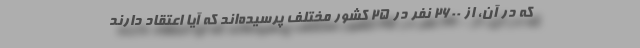
که در آن، از ۲۶۰۰ نفر در ۲۵ کشور مختلف پرسیده‌اند که آیا اعتقاد دارند